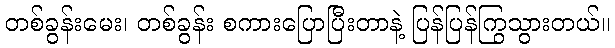
တစ်ခွန်းမေး၊ တစ်ခွန်း စကားပြောပြီးတာနဲ့ ပြန်ပြန်ကြွသွားတယ်။